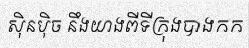
ស៊ិនប៉ិច នឹងយាងពីទីក្រុងបាងកក